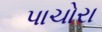
પાચોરા